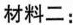
材料二：